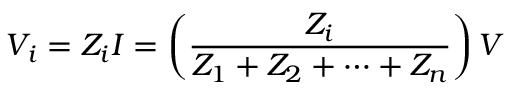
V _ { i } = Z _ { i } I = \left( { \frac { Z _ { i } } { Z _ { 1 } + Z _ { 2 } + \cdots + Z _ { n } } } \right) V